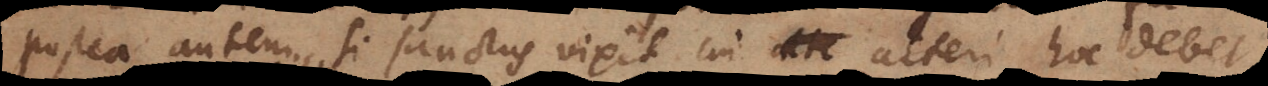
postea autem si sanctus vixit, cui alteri hoc debet